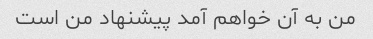
من به آن خواهم آمد پیشنهاد من است